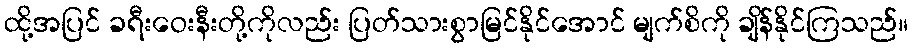
ထို့အပြင် ခရီးဝေးနီးတို့ကိုလည်း ပြတ်သားစွာမြင်နိုင်အောင် မျက်စိကို ချိန်နိုင်ကြသည်။